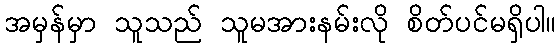
အမှန်မှာ သူသည် သူမအားနမ်းလို စိတ်ပင်မရှိပါ။